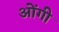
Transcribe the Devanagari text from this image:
ओंगी